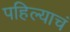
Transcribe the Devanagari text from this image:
पहिल्याचं